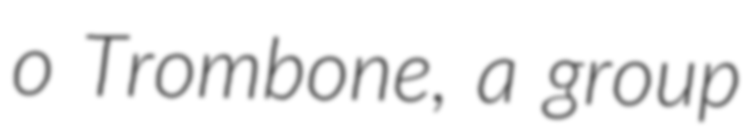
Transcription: o Trombone, a group